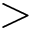
>